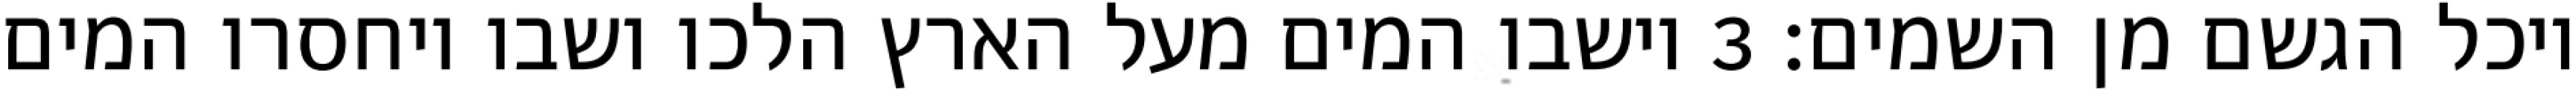
ויכל הגשם מן השמים׃ ‎3‏ וישבו המים מעל הארץ הלכו ושבו ויחסרו המים